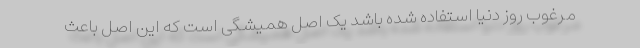
مرغوب روز دنیا استفاده شده باشد یک اصل همیشگی است که این اصل باعث